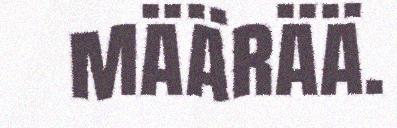
määrää.